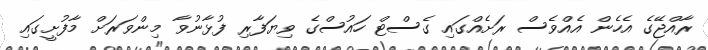
ރާއްޖޭގެ އެހެން އެއްވެސް ރަށެއްގައި ގެސްޓް ހައުސްގެ ވިޔަފާރި ފުޅާނުވާ މިންވަރަށް މާފުށީގައި